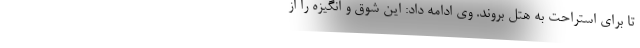
تا برای استراحت به هتل بروند. وی ادامه داد: این شوق و انگیزه را از